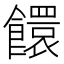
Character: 𩟁